Civil Veterinary Dept. Assam report 1911-1927 - 1911-1927
Year: 1911
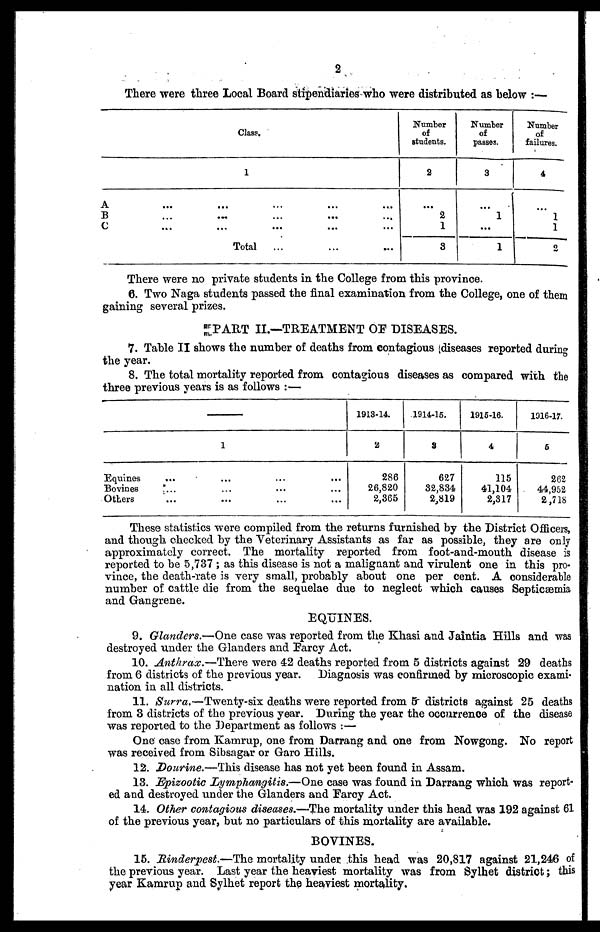
2
There were three Local Board stipendiaries who were distributed as below :—
Class.
1
A ... ... ... ... ...
B
...
...
...
...
...
C ... ... ... ... ...
Total
Number
of
students.
2
2
1
3
Number
of
passes.
3
1
...
1
Number
of
failures.
4
1
1
2
There were no private students in the College from this province.
6. Two Naga students passed the final examination from the College, one of them
gaining several prizes.
PART II.—TREATMENT OF DISEASES.
7. Table II shows the number of deaths from contagious diseases reported during
the year.
8. The total mortality reported from contagious diseases as compared with the
three previous years is as follows :—
1
Equines ... ... ... ...
Bovines ... ... ... ...
Others ... ... ... ...
1913-14
2
286
26,820
2,365
1914-15
3
627
32,834
2,819
1915-16.
4
115
41,104
2,317
1916-17.
6
2G2
44,952
2,718
These statistics were compiled from the returns furnished by the District Officers,
and though checked by the Veterinary Assistants as far as possible, they are only
approximately correct. The mortality reported from foot-and-mouth disease is
reported to be 5,737 ; as this disease is not a malignant and virulent one in this pro-
vince, the death-rate is very small, probably about one per cent. A considerable
number of cattle die from the sequelae due to neglect which causes Septicaemia
and Gangrene.
EQUINES.
9. Glanders.—One case was reported from the Khasi and Jaintia Hills and was
destroyed under the Glanders and Farcy Act.
10. Anthrax.—There were 42 deaths reported from 5 districts against 29 deaths
from 6 districts of the previous year. Diagnosis was confirmed by microscopic exami-
nation in all districts.
11. Surra.—Twenty-six deaths were reported from 5 districts against 25 deaths
from 3 districts of the previous year. During the year the occurrence of the disease
was reported to the Department as follows :—
One case from Kamrup, one from Darrang and one from Nowgong. No report
was received from Sibsagar or Garo Hills.
12. Dourine.—This disease has not yet been found in Assam.
13. Epizootic Lymphangitis.—One case was found in Darrang which was report-
ed and destroyed under the Glanders and Farcy Act.
14. Other contagious diseases.—The mortality under this head was 192 against 61
of the previous year, but no particulars of this mortality are available.
BOVINES.
15. Rinderpest.—The mortality under this head was 20,817 against 21,246 of
the previous year. Last year the heaviest mortality was from Sylhet district; this
year Kamrup and Sylhet report the heaviest mortality.